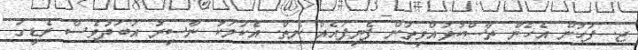
ޖ. ފަހުން އެހެން ތާސްކުޅުއްވިތަން ފެނިފައެއް ނެތް. އެކަމަކު ނާސިރު އަބަދުވެސް ރެޑީގަ